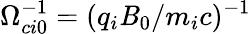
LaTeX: \Omega_{ci0}^{-1}=(q_{i}\mathit{B}_{0}/m_{i}c)^{-1}